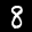
Label: 8